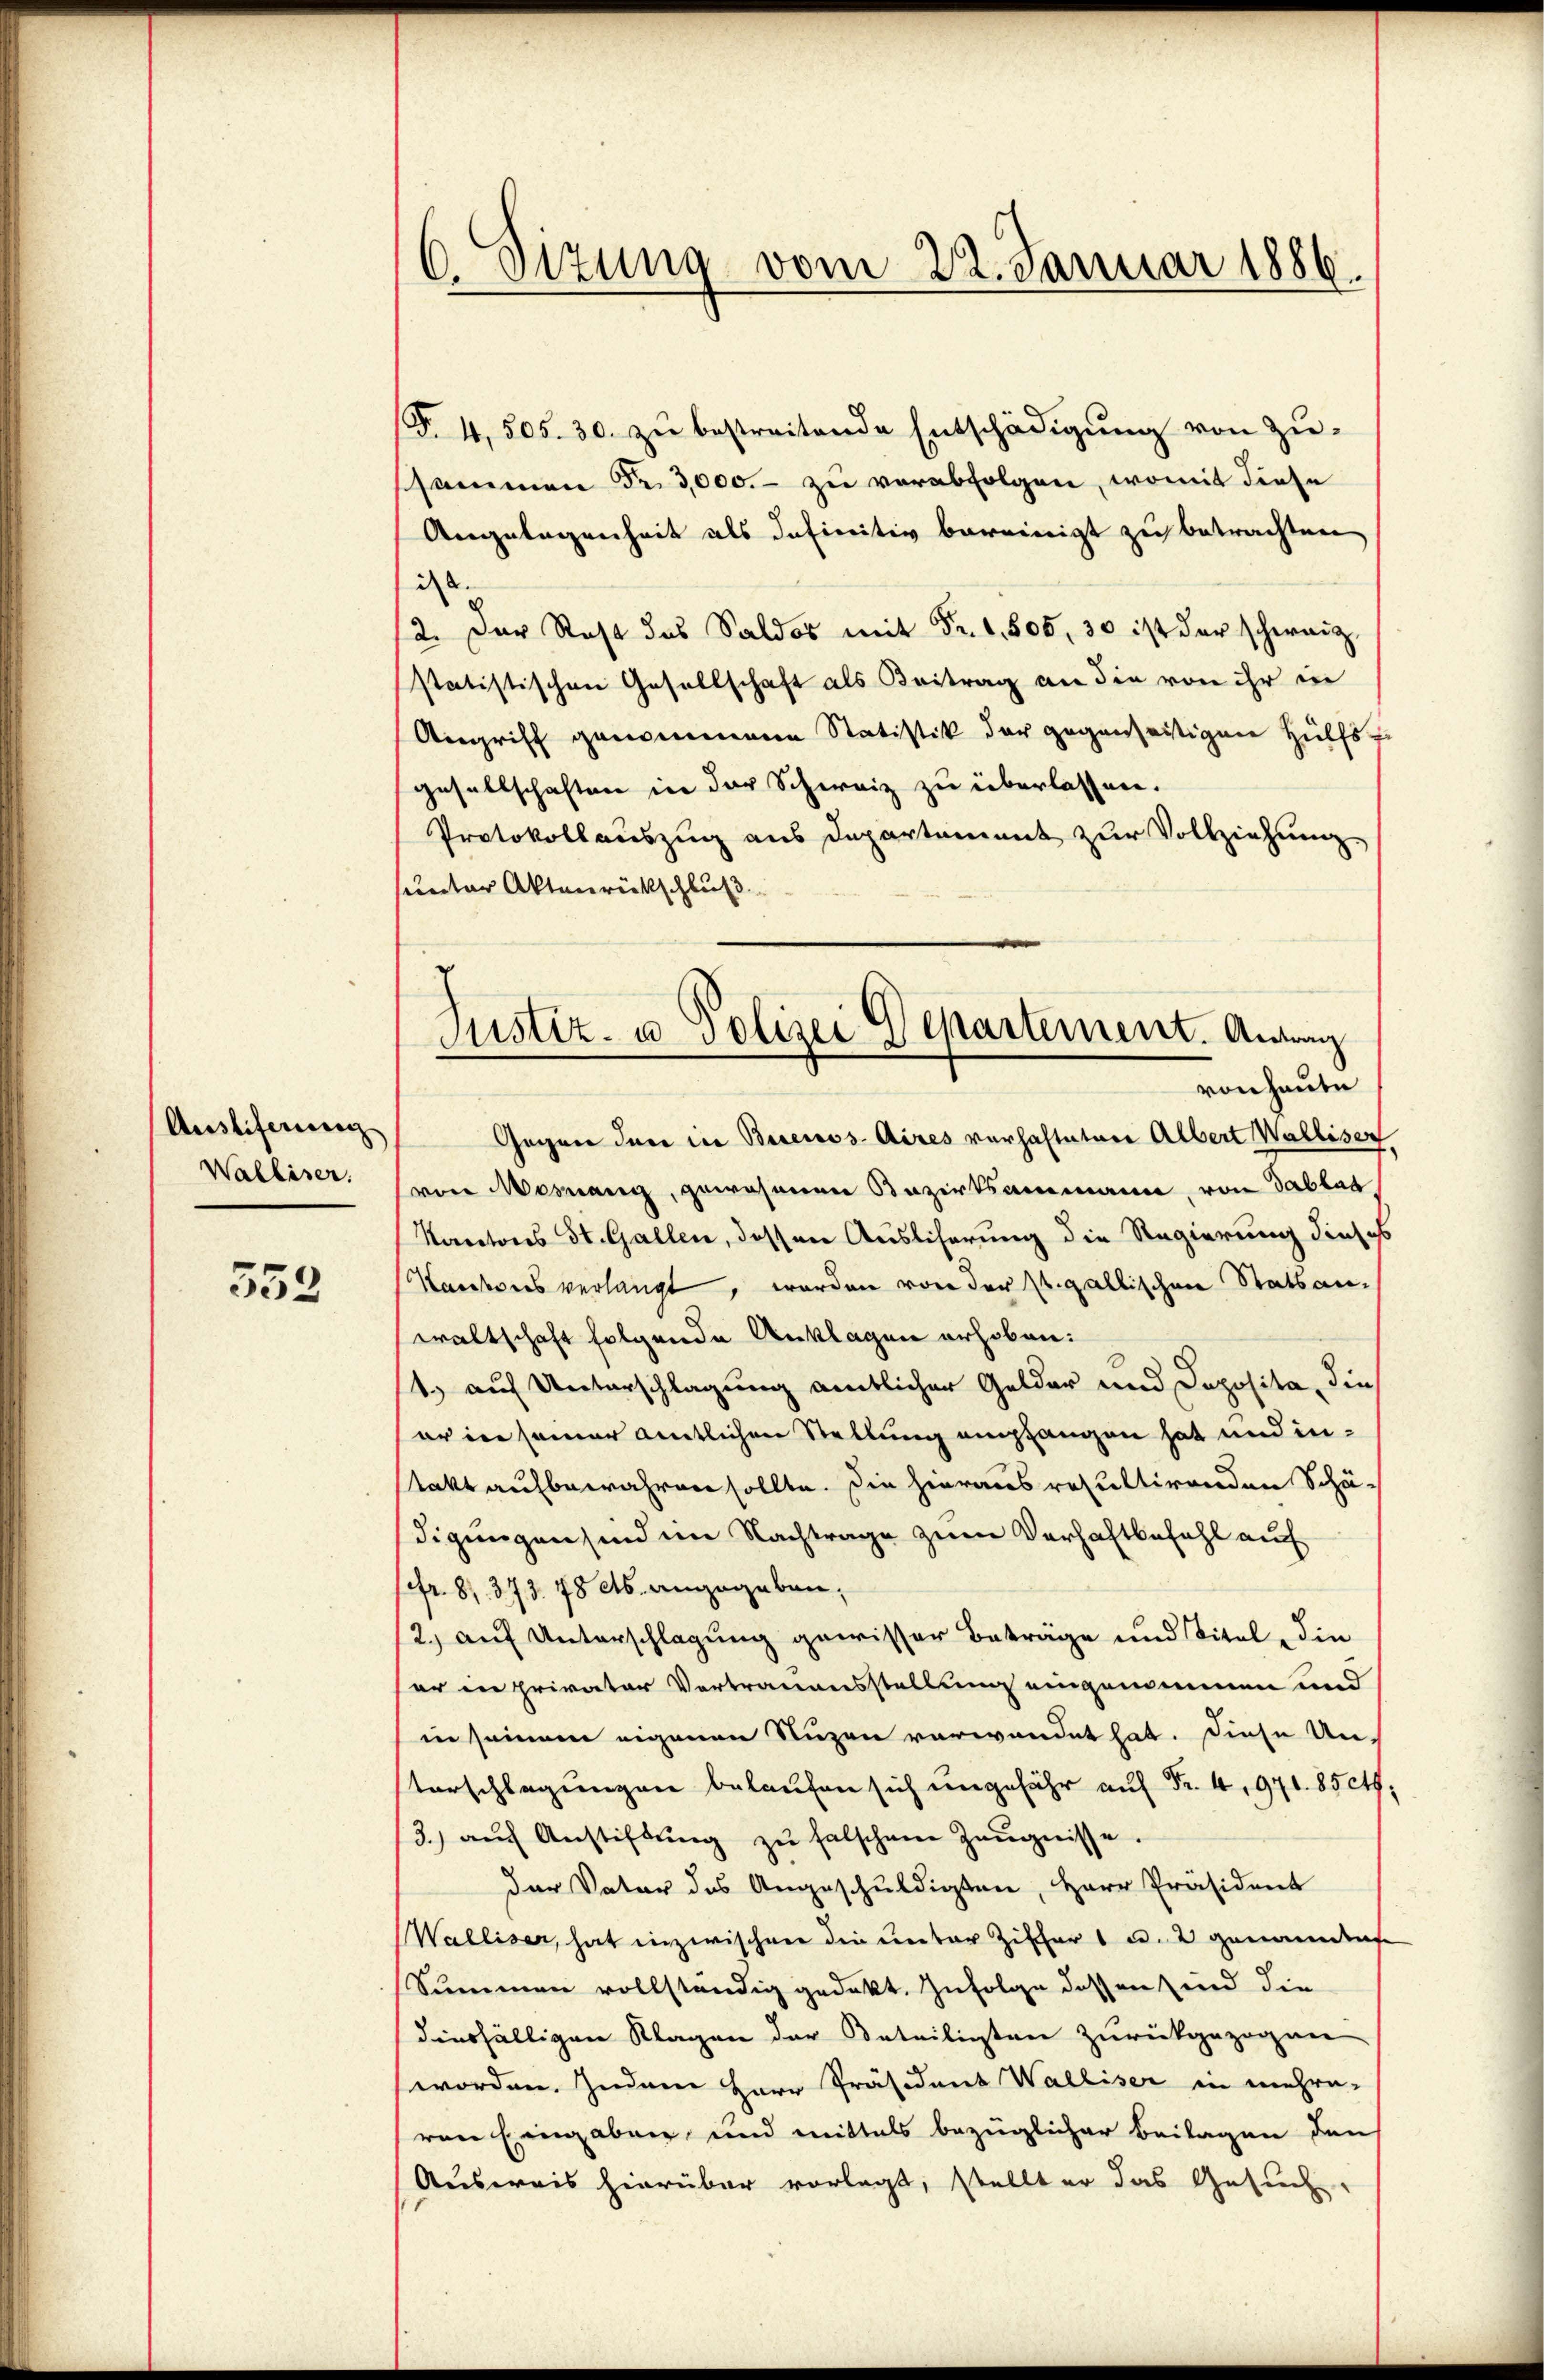
Austiferung
Walliser.

552

6. Sizung vom 22. Januar 1886

(§. 4, 505. 30. zu bestreitende Entschädigung von Zu-
sammen Fr. 3,000.- zu verabfolgen, womit diese
Angelegenheit als Infinitiv bereinigt zu betrachten,
ist.
2. Der Rest das Saldos mit Fr. 1,805, 30 ist der schweiz.
statistischen Gesellschaft als Beitrag an die von ihr in
Angriff genommene Statistik der gegenseitigen Hülfsgesellschaften in der Schweiz zu überlassen.
Protokollauszug aus Departement zur Vollziehung
unter Aktenrückschluß
Gegen Juni in Buenos-Aires verhalteten Albert Walliser
von Mosnang, gewesenen Bezirksammann, von Tablat
Kantons St. Gallen, dessen Auslicherung die Regierung dieses
Kanderes verlangt, worden von der St. Gallischen Statsanwaltschaft folgende Anklagen erhoben:
1.) auf Unterschlagung amtlicher Gelder und Doposita, die
er in seiner amtlichen Stellung empfangen hat und instatt aufbewahren sollte. Die hieraus resultirenden Schä-
digungen sind im Nachtrage zum Verhaftbefahl auf
Fr. 81. 373. 78 cts. angegeben,
(2.) auf Unterschlagung gewisser Betrage und Titel die
er in privater Vertrauensstellung eingenommen und
in seinem eigenen Nuzen verwendet hat. Diese Un-
4.9.
3. aŭf Anstiftŭng zŭ falschene Zeŭgnisse.
der Vater des Angeschuldigten, Herr Präsident
Walliser, hat inzwischen die unter Ziffer 1 u. 2 genandta
Summen vollständig gedekt. Zufolge dessen sind die
diesfälligen Klagen der Beteiligten zurückgezogen
worden. Zudem Herr Präsident Walliser in mehre-
ven Eingaben und mittels bezüglicher Beilagen den
Ausweis hierüber vorlegt, stellt er das Gesuch

Justiz- u Polizei Departement. Antrag
von heute